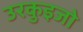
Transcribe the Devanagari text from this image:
उरकुइजो